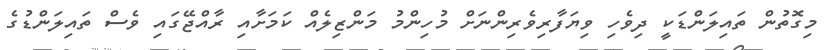
މިގޮތުން ތައިލަންޑަކީ ދިވެހި ވިޔަފާރިވެރިންނަށް މުހިންމު މަންޒިލެއް ކަމަށާއި ރާއްޖޭގައި ވެސް ތައިލަންޑުގެ